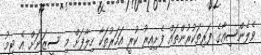
ވެލެންސިއާގެ ފަރިތަކުރުންތައް ފެށިއިރު ކުރީ އަހަރުތަކާ ހިލާފަށް މި ސީޒަނަށް އެ ޓީމު